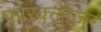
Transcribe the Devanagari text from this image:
फोरक्लोज़र